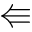
\Lleftarrow